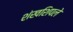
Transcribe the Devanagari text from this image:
शंखशिपले